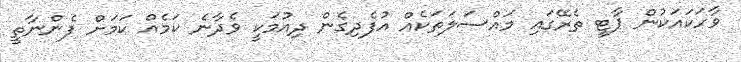
ވާހަކައަކުން ޕާޓީ ތެރޭގައި މައްސަލަތަކެއް އުފެދިގެން ދިއުމަކީ ވެދާނެ ކަމެއް ކަަމަށް ފެންނާތީ